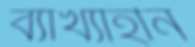
ব্যাখ্যাহীন